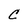
Character: C